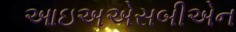
આઇઅએસબીએન